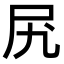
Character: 𫝲